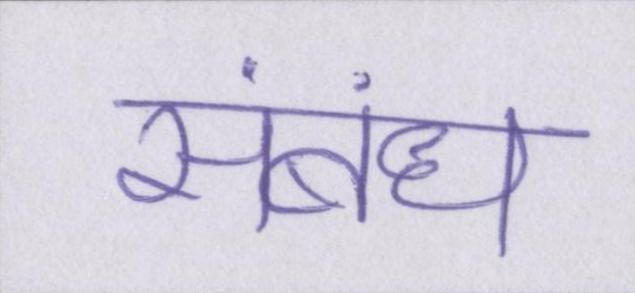
संबंध